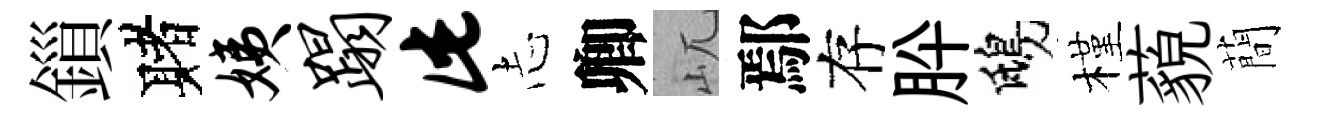
鎻赌姨蹋此𢖽卿屼鄢存肸鴟槿藐蕳